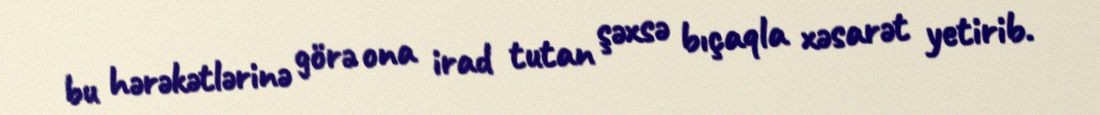
bu hərəkətlərinə görə ona irad tutan şəxsə bıçaqla xəsarət yetirib.